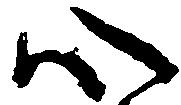
心